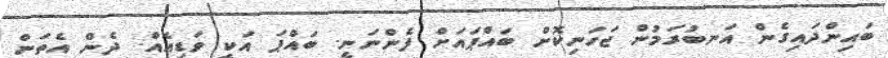
ބައިންދައިގެން އަނބުރަމުން ޖަހަނިކޮށް ބައްޕައަށް ފެންނަނީ. ބައްޕަ އަކީ ވަޑިއެއް. ދެން އެތަން